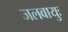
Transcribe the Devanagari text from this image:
जलवायुः